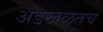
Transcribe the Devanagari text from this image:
अडखळतच